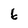
Character: 6